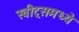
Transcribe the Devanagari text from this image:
स्वीट्‌समध्ये